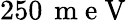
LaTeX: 250\, \mathrm{~m~e~V~}